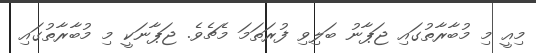
މިއީ މި މުބާރާތުގައި ޖަޕާނު ބަލިވި ފުރަތަމަ މެޗެވެ. ޖަޕާނަކީ މި މުބާރާތުގައި